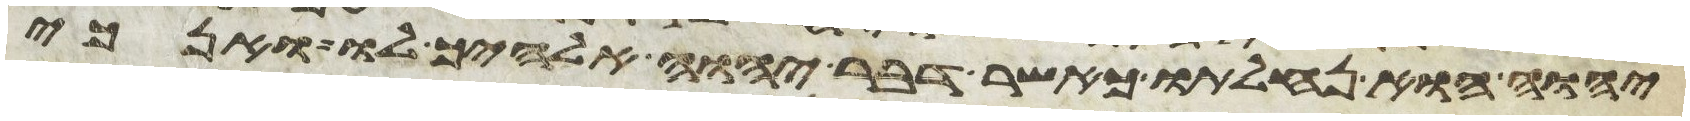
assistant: יהוה הוא נחלתו כאשר דבר יהוה אלהיך לו ואנכי